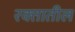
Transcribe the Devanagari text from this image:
रक्‍तातील